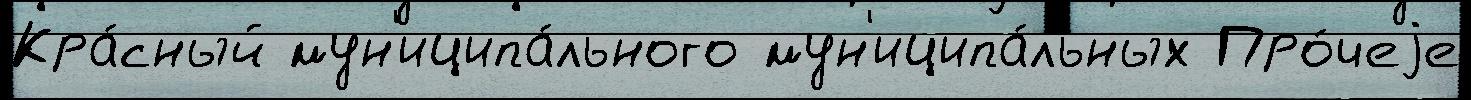
Кра́сный мун'иципа́льного мун'иципа́льных Про́чеjе